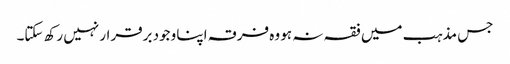
جس مذہب میں فقہ نہ ہو وہ فرقہ اپنا وجود برقرار نہیں رکھ سکتا۔